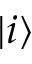
| i \rangle